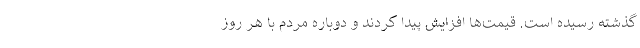
گذشته رسیده است. قیمت‌ها افزایش پیدا کردند و دوباره مردم با هر روز